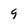
Character: 9